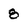
Character: 8